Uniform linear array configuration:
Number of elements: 12
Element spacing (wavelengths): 0.5
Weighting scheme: binomial
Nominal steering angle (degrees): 60
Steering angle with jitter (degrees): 59.508
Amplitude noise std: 0.05
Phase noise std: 0.05

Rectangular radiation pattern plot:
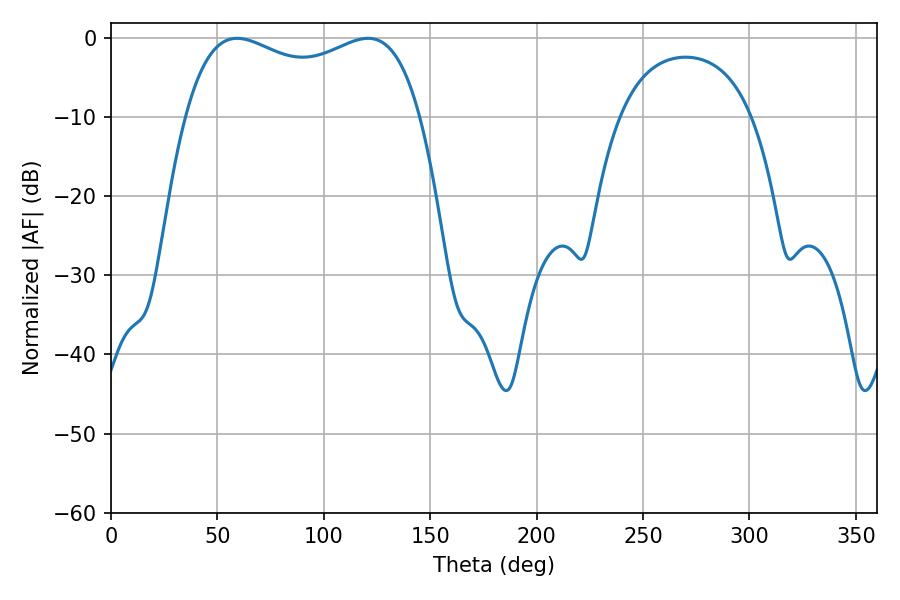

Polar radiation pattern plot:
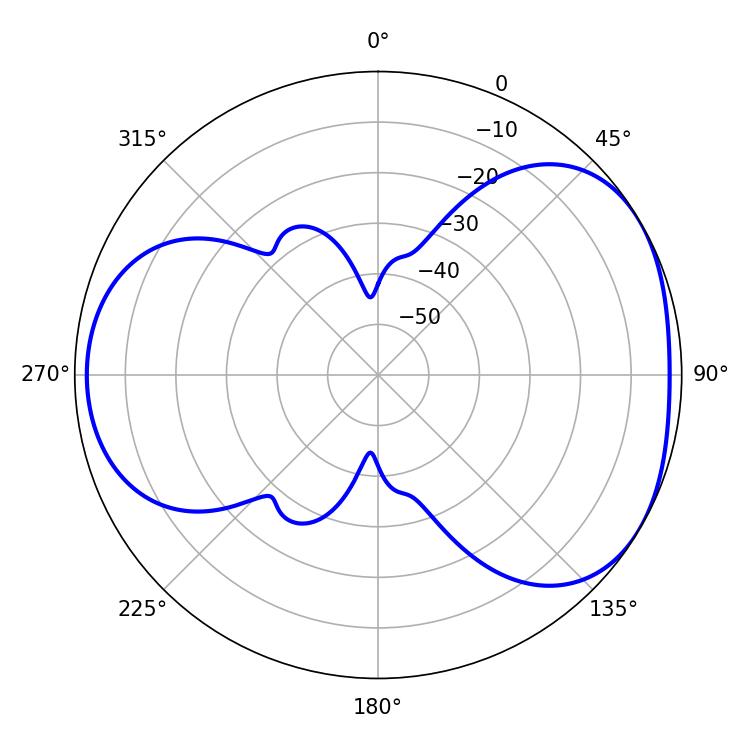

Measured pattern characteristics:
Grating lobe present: FALSE
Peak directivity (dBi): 4.224
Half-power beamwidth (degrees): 90.72
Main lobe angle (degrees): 59.22